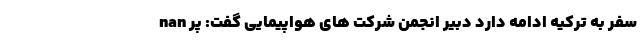
nan سفر به ترکیه ادامه دارد دبیر انجمن شرکت های هواپیمایی گفت: پر